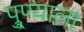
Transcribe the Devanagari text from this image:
पु्ण्याला